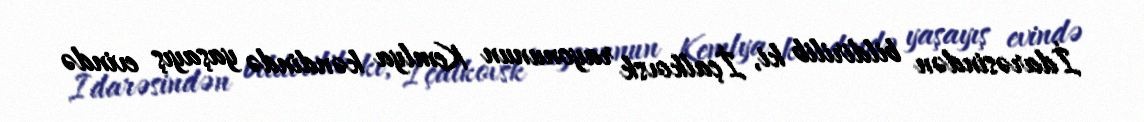
İdarəsindən bildirilib ki, İçalkovsk rayonunun Kemlya kəndində yaşayış evində